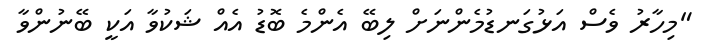
"މިހާރު ވެސް އަޅުގަނޑުމެންނަށް ލިބޭ އެންމެ ބޮޑު އެއް ޝަކުވާ އަކީ ބޭނުންވާ